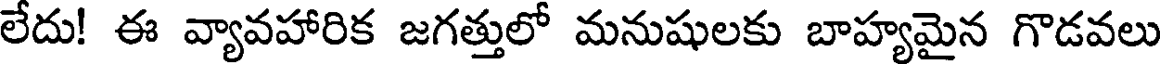
లేదు! ఈ వ్యావహారిక జగత్తులో మనుషులకు బాహ్యమైన గొడవలు